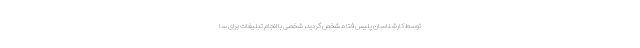
توسط کارشناسان پلیس فتا مشخص گردید، شخصی با انجام تبلیغات برای سا